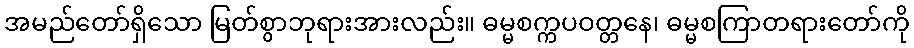
အမည်တော်ရှိသော မြတ်စွာဘုရားအားလည်း။ ဓမ္မစက္ကပဝတ္တနေ၊ ဓမ္မစကြာတရားတော်ကို